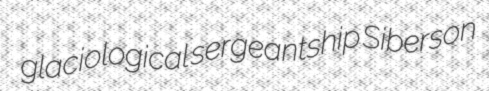
glaciological sergeantship Siberson